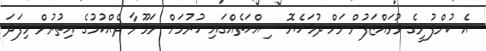
އެ ކުންފުނީގެ ވުވައްޒަފުންނަށް ދުޅަހެޔޮ ސިއްހަތެއްގައި ހުރުމަށް ނަމޫނާ ދެއްކުމުގެ އިތުރުން މިފަދަ